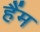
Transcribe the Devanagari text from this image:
हैंम